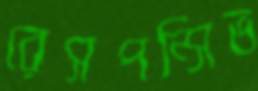
রেসপন্সিভ